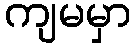
ကျမမှာ